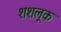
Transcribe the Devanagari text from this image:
शशलूक